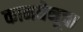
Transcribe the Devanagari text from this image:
कामधेनूचा